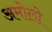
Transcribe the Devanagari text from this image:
अमोलो